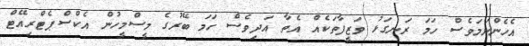
އެހެންނަމަވެސް ހަމަ ރަނގަޅު ވަޒީފާތަކެއް އެތާ އަދިވެސް ހަމަ ބޭރުގެ މީސްމީހުން އެކްސްޕެޓްރިއޭޓް